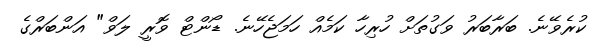
ކުރެވޭނެ. ބަރާބަރު ވަގުތަށް ހުރިހާ ކަމެއް ހަމަޖެހޭނެ. ޑޯންޓް ވޮރީ ލަވް" އަންބަރްގެ